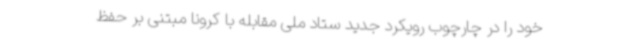
خود را در چارچوب رویکرد جدید ستاد ملی مقابله با کرونا مبتنی بر حفظ